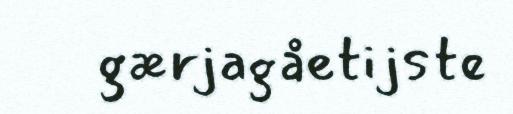
gærjagåetijste